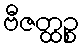
ဗီဇတ္ထဉ္စ